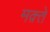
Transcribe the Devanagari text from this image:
मक़्ते